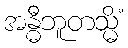
အန္ဓီဘူတသ္မိံ